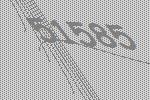
51585